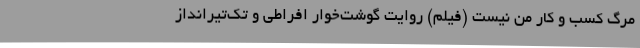
مرگ کسب و کار من نیست (فیلم) روایت گوشت‌خوار افراطی و تک‌تیرانداز